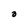
Character: a